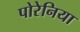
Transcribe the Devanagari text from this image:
पोरेनिया